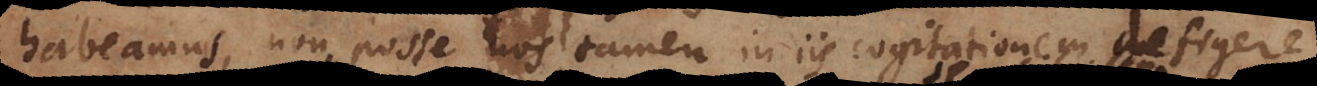
habeamus, non posse nos tamen in iis cogitationem defigere